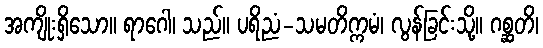
အကျိုးရှိသော။ ရာဂေါ၊ သည်။ ပရိညံ-သမတိက္ကမံ၊ လွန်ခြင်းသို့။ ဂစ္ဆတိ၊